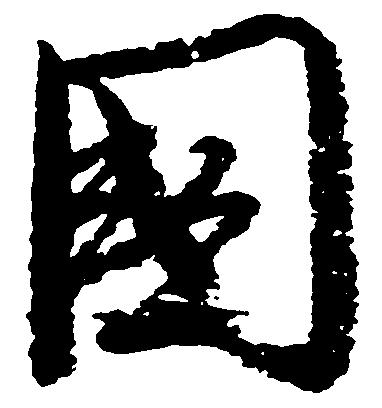
国